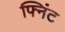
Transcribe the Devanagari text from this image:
फ्निंट